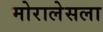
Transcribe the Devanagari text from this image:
मोरालेसला